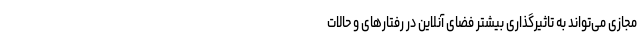
مجازی می‌تواند به تاثیرگذاری بیشتر فضای آنلاین در رفتارهای و حالات